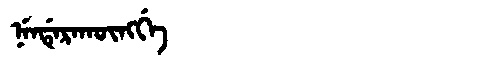
Manchu: ᠨᡝᠨᡩᡝᡵᠠᡴᡡᠩᡤᡝ
Romanization: NENDERAKŪNGGE